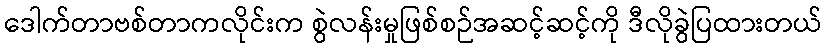
ဒေါက်တာဗစ်တာကလိုင်းက စွဲလန်းမှုဖြစ်စဉ်အဆင့်ဆင့်ကို ဒီလိုခွဲပြထားတယ်